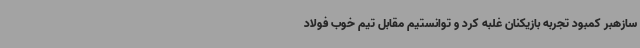
سازهبر کمبود تجربه بازیکنان غلبه کرد و توانستیم مقابل تیم خوب فولاد